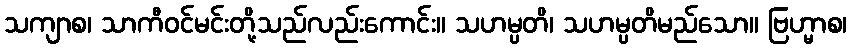
သကျာစ၊ သာကီဝင်မင်းတို့သည်လည်းကောင်း။ သဟမ္ပတိ၊ သဟမ္ပတိမည်သော။ ဗြဟ္မာစ၊